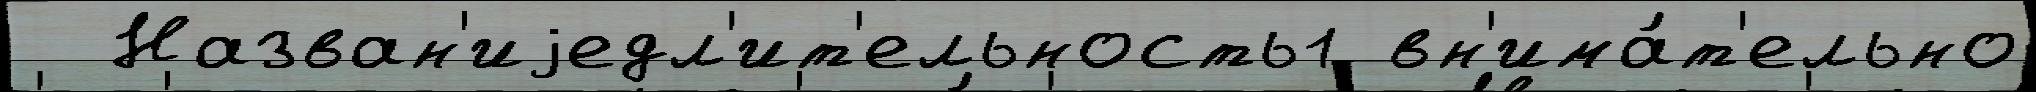
  Назван'иjедл'ит'ельность1 вн'има́т'ельно